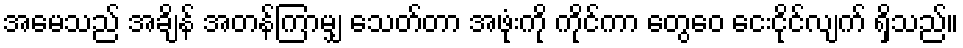
အမေသည် အချိန် အတန်ကြာမျှ သေတ်တာ အဖုံးကို ကိုင်ကာ တွေဝေ ငေးငိုင်လျက် ရှိသည်။